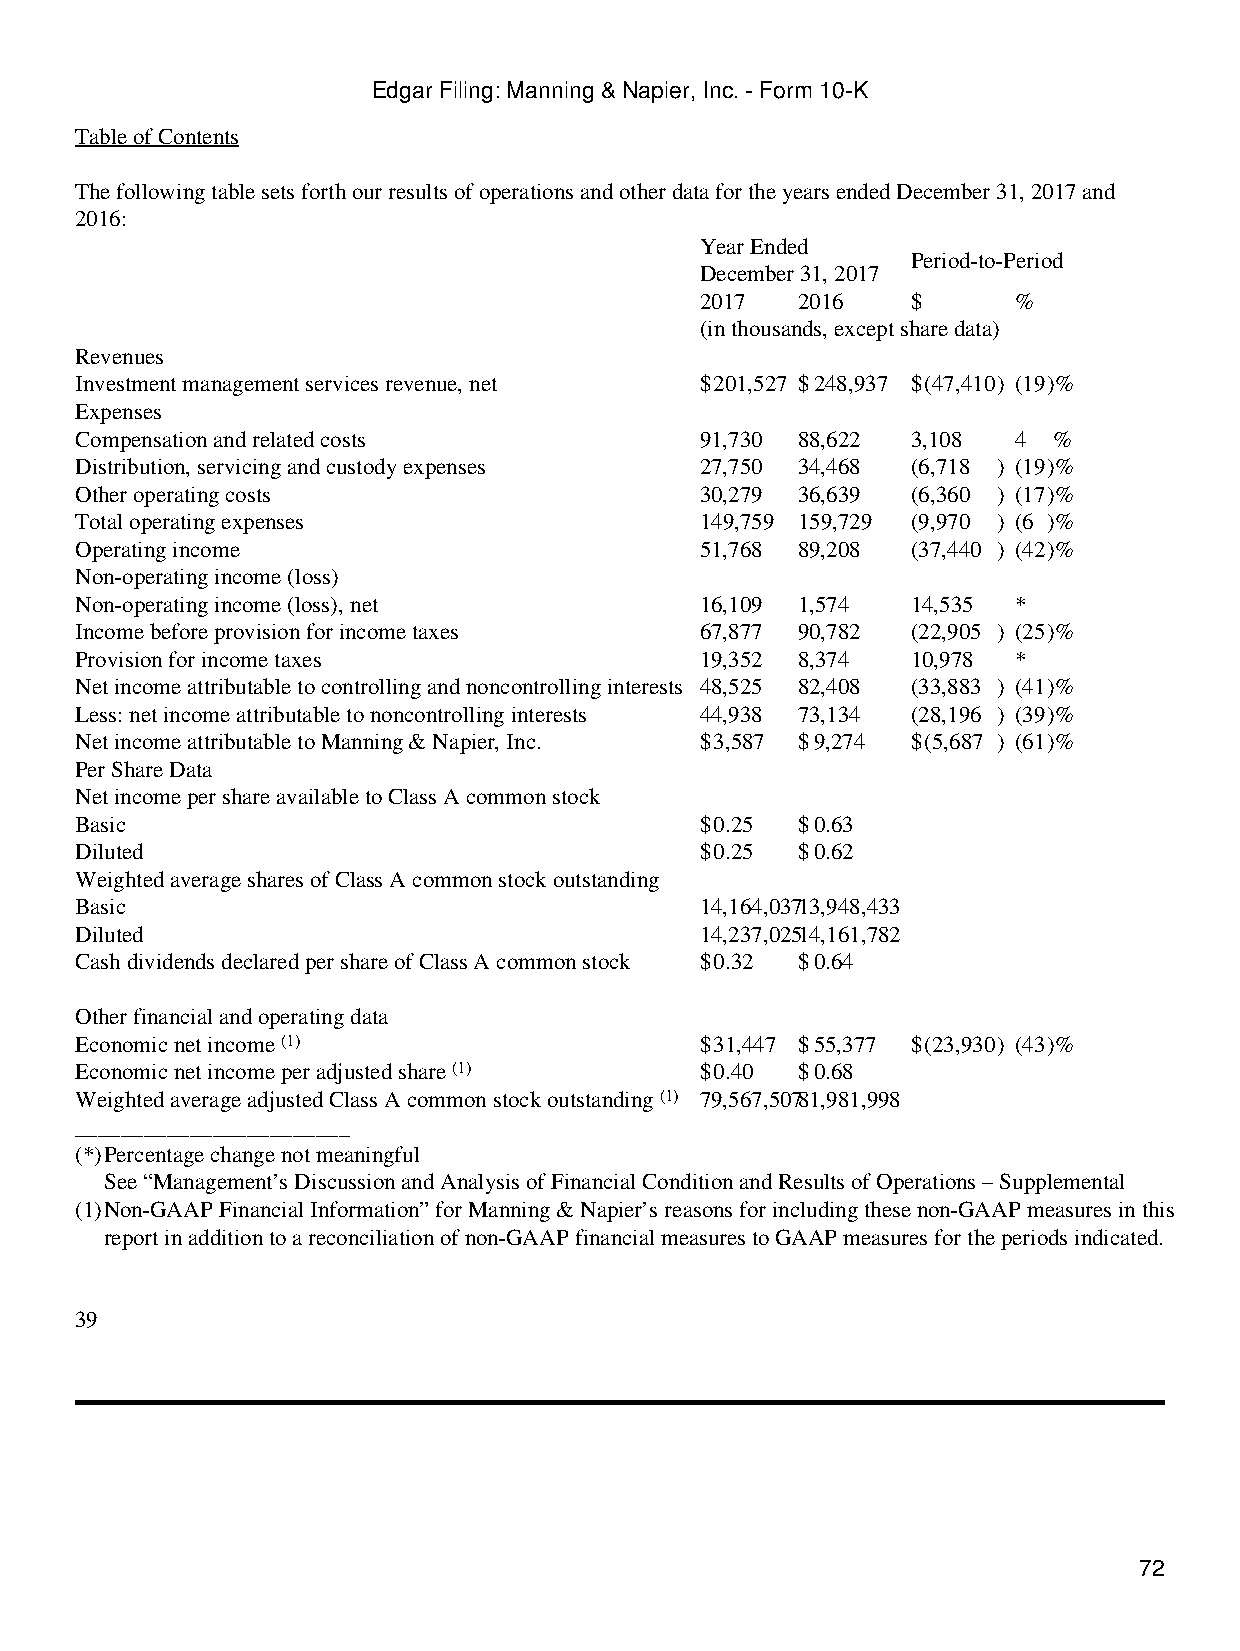
Edgar Filing: Manning & Napier, Inc. - Form 10-K
 Table of Contents
 The following table sets forth our results of operations and other data for the years ended December 31, 2017 and
 2016:
 Year Ended
 Period-to-Period
 December 31, 2017
 2017   2016   $      %
 (in thousands, except share data)
 Revenues
 Investment management services revenue, net $201,527 $248,937 $(47,410) (19)%
 Expenses
 Compensation and related costs           91,730 88,622 3,108  4  %
 Distribution, servicing and custody expenses 27,750 34,468 (6,718 ) (19)%
 Other operating costs                    30,279 36,639 (6,360 ) (17)%
 Total operating expenses                 149,759 159,729 (9,970 ) (6 )%
 Operating income                         51,768 89,208 (37,440 ) (42)%
 Non-operating income (loss)
 Non-operating income (loss), net         16,109 1,574  14,535 *
 Income before provision for income taxes 67,877 90,782 (22,905 ) (25)%
 Provision for income taxes               19,352 8,374  10,978 *
 Net income attributable to controlling and noncontrolling interests 48,525 82,408 (33,883 ) (41)%
 Less: net income attributable to noncontrolling interests 44,938 73,134 (28,196 ) (39)%
 Net income attributable to Manning & Napier, Inc. $3,587 $9,274 $(5,687 ) (61)%
 Per Share Data
 Net income per share available to Class A common stock
 Basic                                    $0.25  $0.63
 Diluted                                  $0.25  $0.62
 Weighted average shares of Class A common stock outstanding
 Basic                                    14,164,03713,948,433
 Diluted                                  14,237,02514,161,782
 Cash dividends declared per share of Class A common stock $0.32 $0.64
 Other financial and operating data
 Economic net income (1)                  $31,447 $55,377 $(23,930) (43)%
 Economic net income per adjusted share (1) $0.40 $0.68
 Weighted average adjusted Class A common stock outstanding (1) 79,567,50781,981,998
 ________________________
 (*)Percentage change not meaningful
 See “Management’s Discussion and Analysis of Financial Condition and Results of Operations – Supplemental
 (1)Non-GAAP Financial Information” for Manning & Napier’s reasons for including these non-GAAP measures in this
 report in addition to a reconciliation of non-GAAP financial measures to GAAP measures for the periods indicated.
 39
 72